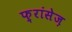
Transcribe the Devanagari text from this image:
फ़्रांसेज़